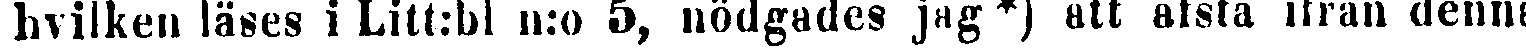
hvilkeu läses i Litt:bl n:o 5, nödgades jag*) att afstå ifrån denna